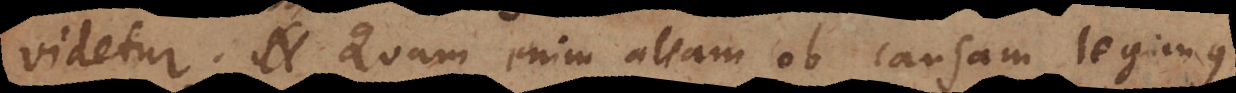
videtur. Quam enim aliam ob causam legimus